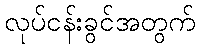
လုပ်ငန်းခွင်အတွက်